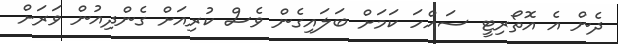
ދެން އެ އޮތޯރިޓީ ސައްހަ ކަމަށް ބަލައިގެން ވެސް ކުރިއަށް ގެންދިއުން ވަރަށް